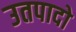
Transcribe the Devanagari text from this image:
उतपादो